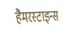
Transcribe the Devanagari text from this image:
हैमरस्टाइन्स